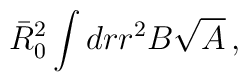
\bar{R}_0^2 \int dr r^2B\sqrt{A}\, ,